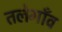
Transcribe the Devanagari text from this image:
तलेगाँव